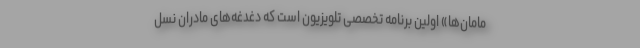
مامان‌ها» اولین برنامه تخصصی تلویزیون است که دغدغه‌های مادران نسل